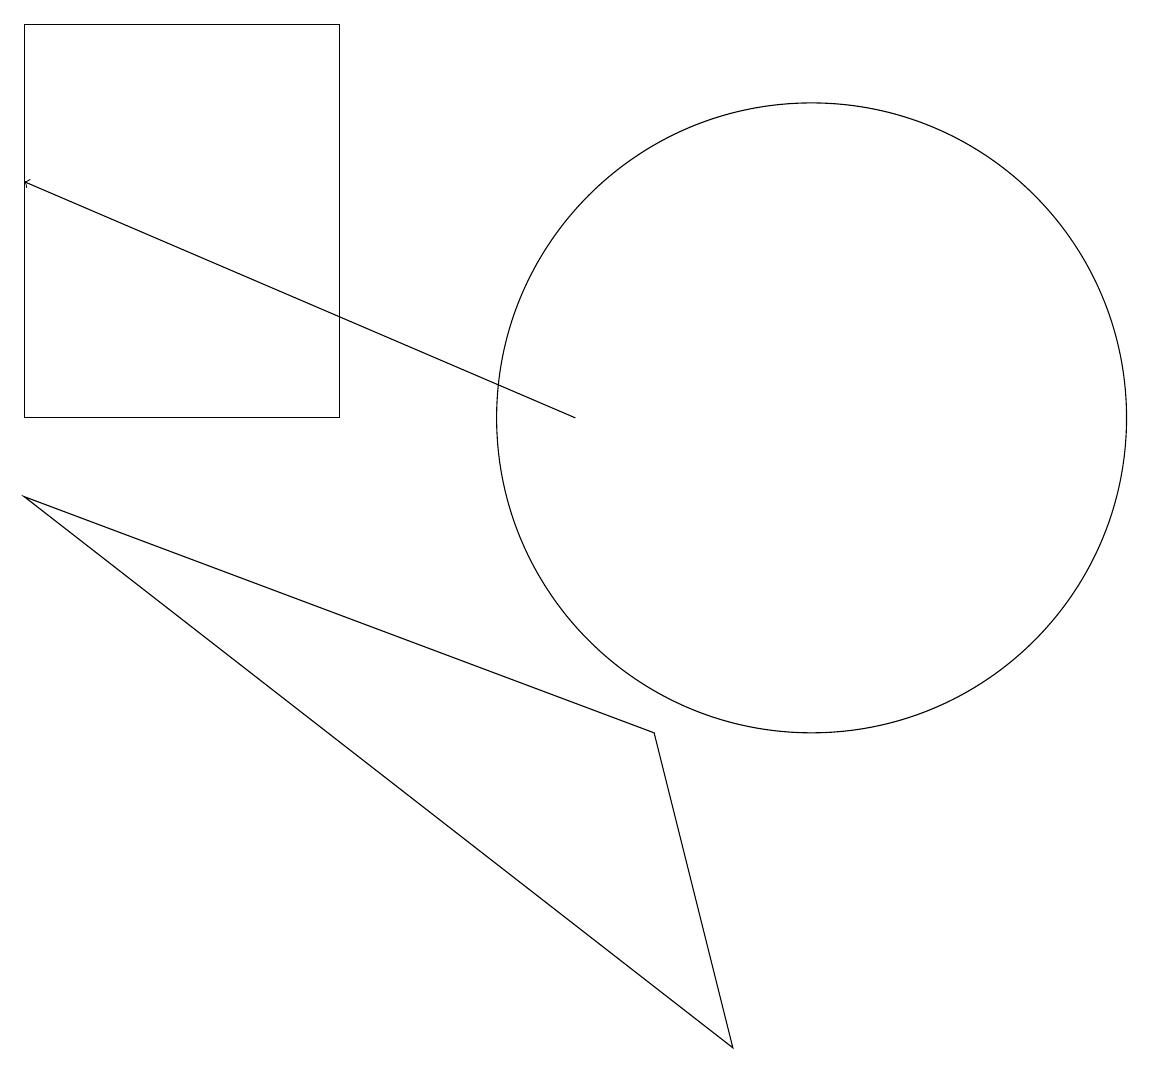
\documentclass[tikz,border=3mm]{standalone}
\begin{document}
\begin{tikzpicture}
\draw (0,9) -- (9,2) -- (8,6) -- cycle;
\draw (0,10) rectangle (4,15);
\draw[->] (7,10) -- (0,13);
\draw (10,12) circle (0);
\draw (10,10) circle (4);
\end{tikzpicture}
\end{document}